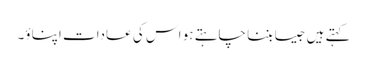
کہتے ہیں جیسا بننا چاہتے ہو اس کی عادات اپناؤ۔